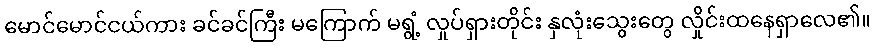
မောင်မောင်ငယ်ကား ခင်ခင်ကြီး မကြောက် မရွံ့ လှုပ်ရှားတိုင်း နှလုံးသွေးတွေ လှိုင်းထနေရှာလေ၏။